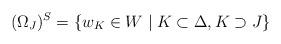
LaTeX: \begin{align*}(\Omega_J)^S=\{w_K \in W \mid K \subset \Delta, K \supset J \}\end{align*}